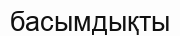
басымдықты